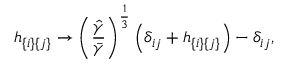
h _ { \{ i \} \{ j \} } \to \left( \frac { \hat { \gamma } } { \bar { \gamma } } \right) ^ { \frac { 1 } { 3 } } \left( \delta _ { i j } + h _ { \{ i \} \{ j \} } \right) - \delta _ { i j } ,